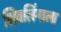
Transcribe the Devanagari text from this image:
शिवलिंगाला